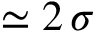
\simeq 2 \, \sigma